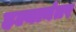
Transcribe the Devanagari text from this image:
हल्यानंतर